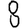
Digit: 8